Cultivation of the bacillus of leprosy and the treatment of cases by means of a vaccine prepared from the cultivations - Number 42
Disease focus: Leprosy
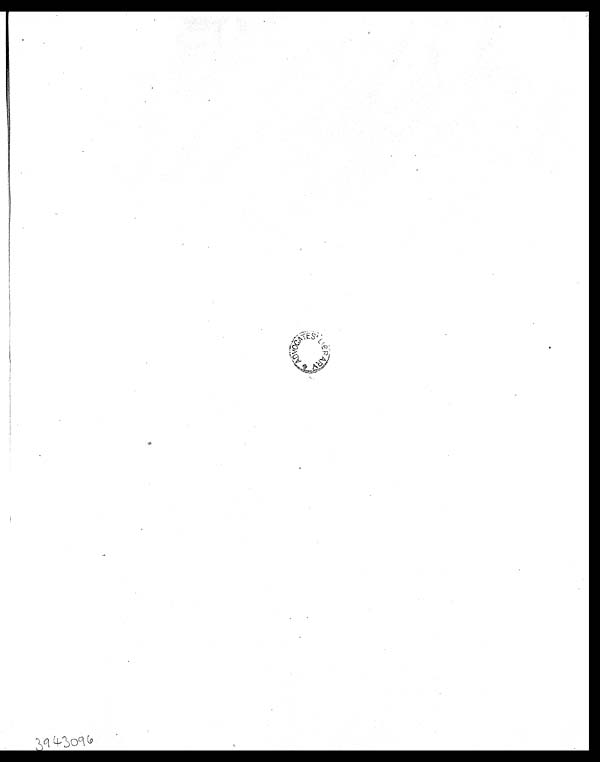
3943096